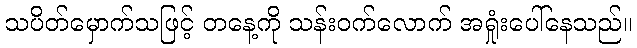
သပိတ်မှောက်သဖြင့် တနေ့ကို သန်းဝက်လောက် အရှုံးပေါ်နေသည်။